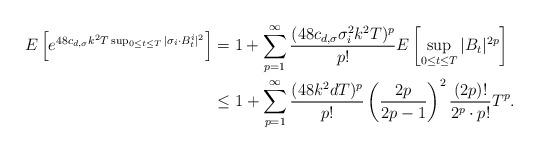
LaTeX: \begin{align*} E\left[e^{48c_{d,\sigma}k^2T\sup_{0\leq t\leq T}|\sigma_i\cdot B^i_t|^2} \right]&= 1 + \sum_{p=1}^\infty \frac{(48c_{d,\sigma}\sigma_i^2k^2T)^p}{p!} E\left[\sup_{0\leq t\leq T}|B_t|^{2p}\right]\\ &\leq 1 + \sum_{p=1}^\infty \frac{(48k^2dT)^p}{p!} \left(\frac{2p}{2p-1}\right)^2\frac{(2p)!}{2^p\cdot p!}T^p. \end{align*}